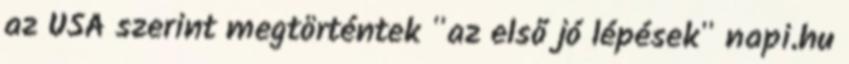
az USA szerint megtörténtek "az első jó lépések" napi.hu